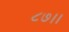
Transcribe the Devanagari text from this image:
८७।।